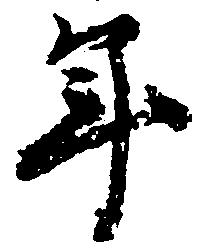
年